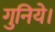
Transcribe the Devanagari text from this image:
गुनिये।